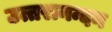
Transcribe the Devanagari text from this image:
उत्तरानन्दन